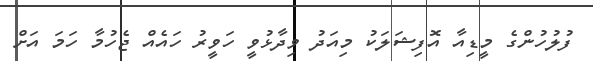
ފުލުހުންގެ މީޑިއާ އޮފިޝަލަކު މިއަދު ވިދާޅުވީ ހަވީރު ހައެއް ޖެހުމާ ހަމަ އަށް